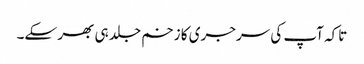
تاکہ آپ کی سرجری کا زخم جلد ہی بھر سکے۔